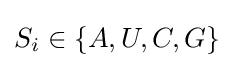
S_{i}\in \{A,U,C,G\}